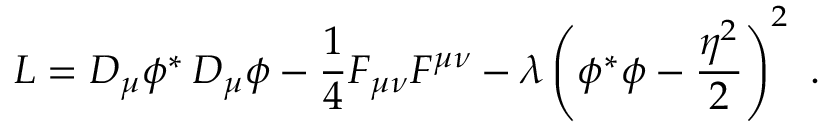
L = D _ { \mu } \phi ^ { * } \, D _ { \mu } \phi - { \frac { 1 } { 4 } } F _ { \mu \nu } F ^ { \mu \nu } - { \lambda } \left( \phi ^ { * } \phi - { \frac { \eta ^ { 2 } } { 2 } } \right) ^ { 2 } \ .